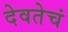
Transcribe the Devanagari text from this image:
देवतेचं